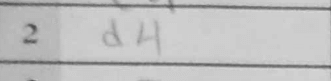
Transcription: d4